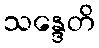
သန္ဒေတိ